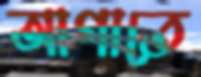
আগাতে